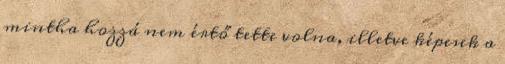
mintha hozzá nem értő tette volna, illetve képesek a